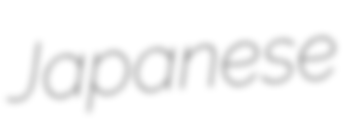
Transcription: Japanese